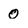
Character: 0